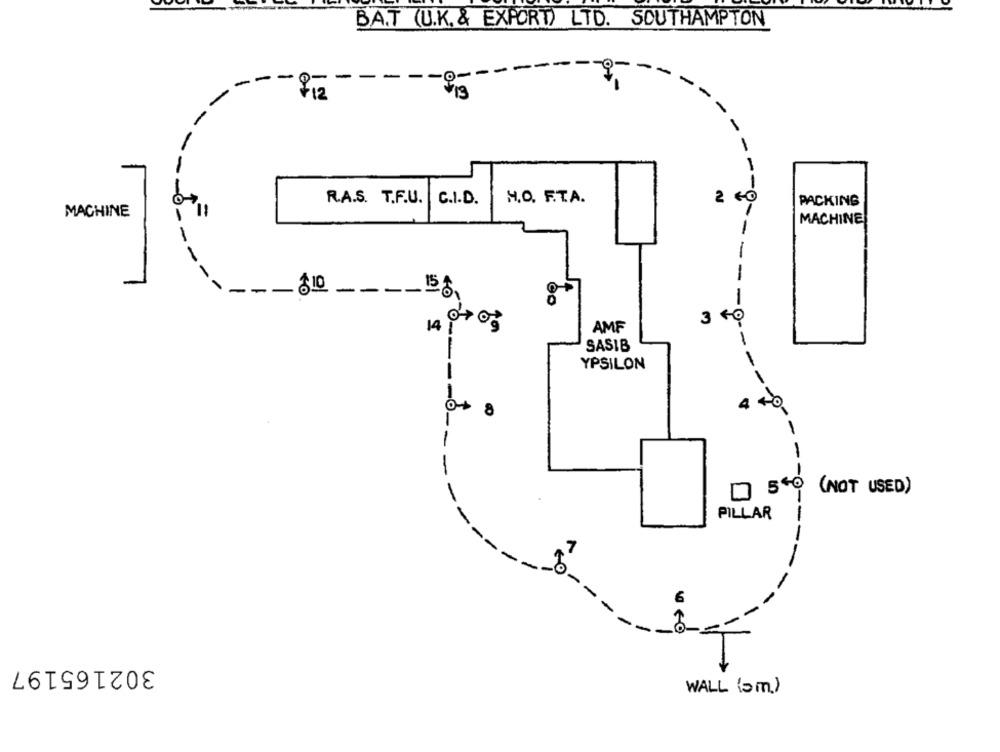
BAT (U.K. & EXPORT) LTD. SOUTHAMPTON
-
-
-
-
f12
19
--
R.A.S. T.F.U.
C.I.D.
H.O. F.T.A.
2 60
PACKING
-- 0-
MACHINE
11
MACHINE
-
-
-
---
810
15
1
3 60
14
AMF
SASIB
-
YPSILON
4 40
8
-
-
(NOT USED)
PILLAR
0 --
10
302165197
WALL (sm)